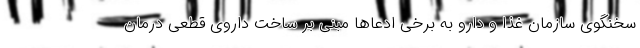
سخنگوی سازمان غذا و دارو به برخی ادعاها مبنی بر ساخت داروی قطعی درمان